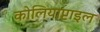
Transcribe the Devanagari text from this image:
कोलियाप्टाइल